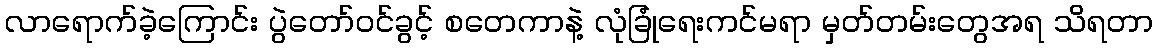
လာရောက်ခဲ့ကြောင်း ပွဲတော်ဝင်ခွင့် စတေကာနဲ့ လုံခြုံရေးကင်မရာ မှတ်တမ်းတွေအရ သိရတာ